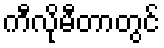
ကီလိုမီတာတွင်